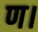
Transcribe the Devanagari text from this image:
ण।